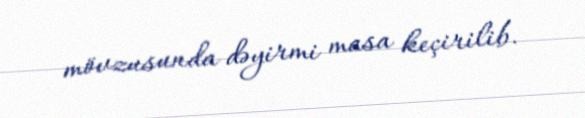
mövzusunda dəyirmi masa keçirilib.